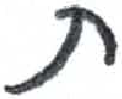
אות: ת